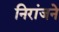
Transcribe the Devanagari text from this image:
निरांजने